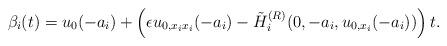
LaTeX: \begin{align*} \beta_{i}(t) = u_{0}(-a_{i}) + \left(\epsilon u_{0,x_{i}x_{i}}(-a_{i}) - \tilde{H}^{(R)}_{i}(0,-a_{i},u_{0,x_{i}}(-a_{i}))\right)t.\end{align*}